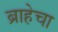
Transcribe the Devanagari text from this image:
ब्राहेचा